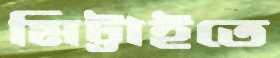
মিট্টাইতে